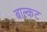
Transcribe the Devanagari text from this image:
बाल्कट